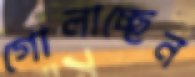
গোলাচ্ছেন